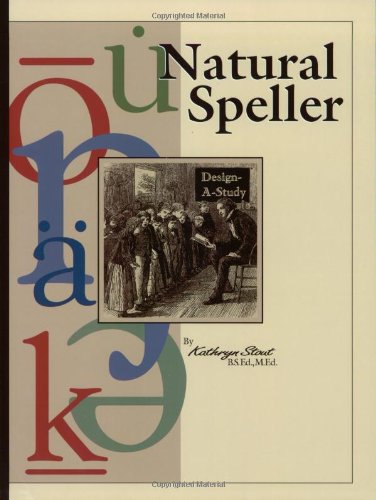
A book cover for Natural Speller; Kathryn L. Stout; Reference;